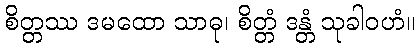
စိတ္တဿ ဒမထော သာဓု၊ စိတ္တံ ဒန္တံ သုခါဝဟံ။